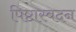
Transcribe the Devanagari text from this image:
पिष्टास्वदन